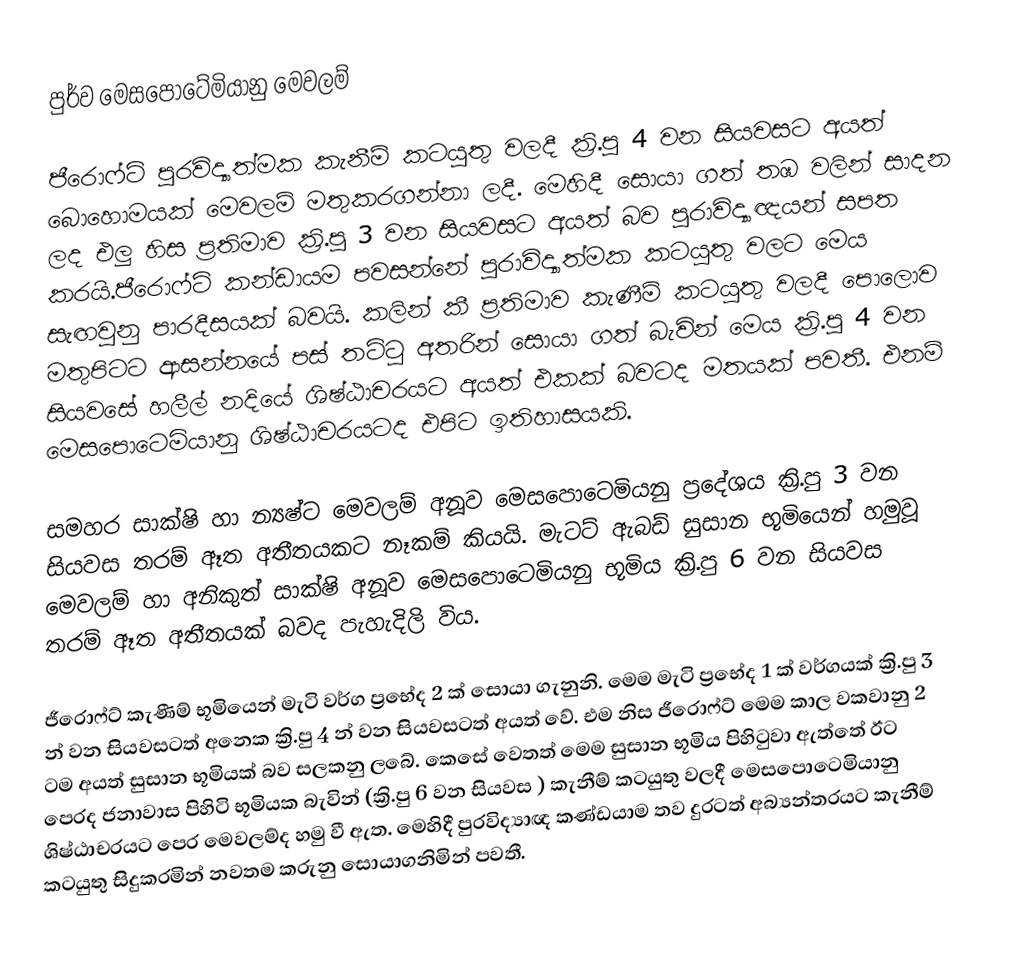
පුර්ව මෙසපොටේමියානු මෙවලම්

ජීරොෆ්ට් පුරවිද්‍යාත්මක කැනීම් කටයුතු වලදී ක්‍රි.පු 4 වන සියවසට අයත් බොහොමයක් මෙවලම් මතුකරගන්නා ලදී. මෙහිදී සොයා ගත් තඹ වලින් සාදන ලද එලු හිස ප්‍රතිමාව ක්‍රි.පු 3 වන සියවසට අයත් බව  පුරාවිද්‍යාඥයන් සපත කරයි.ජීරොෆ්ට් කන්ඩායම පවසන්නේ පුරාවිද්‍යාත්මක කටයුතු වලට මෙය සැඟවුනු පාරදීසයක් බවයි. කලින් කී ප්‍රතිමාව කැණීම් කටයුතු වලදී පොලොව මතුපිටට ආසන්නයේ පස් තට්ටු අතරින් සොයා ගත් බැවින් මෙය ක්‍රි.පු 4 වන සියවසේ හලීල් නදියේ ශිෂ්ඨාචරයට අයත් එකක් බවටද මතයක් පවතී. එනම් මෙසපොටෙමියානු ශිෂ්ඨාචරයටද එපිට ඉතිහාසයකි.

සමහර සාක්ෂි හා න්‍යෂ්ට මෙවලම් අනූව මෙසපොටෙමියනු ප්‍රදේශය ක්‍රි.පු 3 වන සියවස තරම් ඈත අතීතයකට නෑකම් කියයි. මැටට් ඇබඩ් සුසාන භූමියෙන් හමුවූ මෙවලම් හා අනිකුත් සාක්ෂි අනූව මෙසපොටෙමියනු  භූමිය   ක්‍රි.පු 6 වන සියවස තරම් ඈත අතීතයක් බවද පැහැදිලි විය.

ජීරොෆ්ට් කැණීම් භූමියෙන් මැටි වර්ග  ප්‍රභේද 2 ක් සොයා ගැනුනි. මෙම මැටි ප්‍රභේද 1 ක් වර්ගයක් ක්‍රි.පු 3 න් වන සියවසටත් අනෙක  ක්‍රි.පු 4 න් වන සියවසටත් අයත් වේ.  එම නිස ජීරොෆ්ට් මෙම කාල වකවානු 2 ටම අයත් සුසාන භූමියක් බව සලකනු ලබේ.  කෙසේ වෙතත්  මෙම සුසාන භූමිය පිහිටුවා ඇත්තේ ඊට පෙරද ජනාවාස පිහිටි භූමියක බැවින්  (ක්‍රි.පු 6 වන සියවස ) කැනීම් කටයුතු වලදී මෙසපොටෙමියානු ශිෂ්ඨාචරයට පෙර මෙවලම්ද හමු වී ඇත.  මෙහිදී පුරවිද්‍යාඥ කණ්ඩයාම තව දුරටත් අබ්‍යන්තරයට කැනීම් කටයුතු සිදුකරමින් නවතම කරුනු සොයාගනිමින් පවතී.